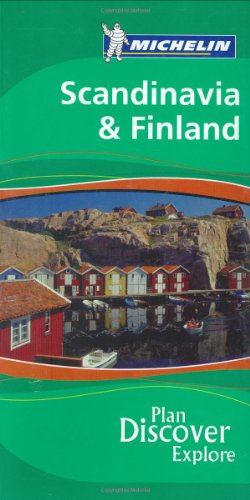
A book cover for Scandinavia & Finland (Michelin Green Guides); Michelin; Travel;